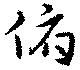
俯